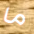
ما